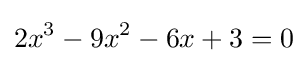
2x^{3}-9x^{2}-6x+3=0